Leaving Certificate Examination, 1903
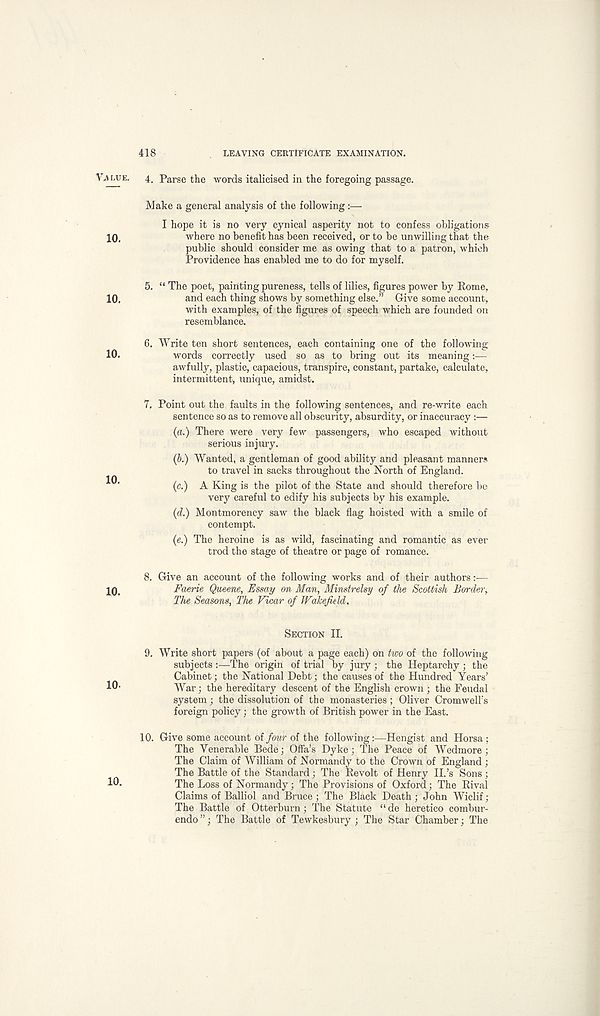
418
LEAVING CERTIFICATE EXAMINATION.
VA LUE.
10.
10.
10.
10.
10.
10-
10.
4. Parse the words italicised in the foregoing passage.
Make a general analysis of the following:—
I hope it is no very cynical asperity not to confess obligations
where no benefit has been received, or to be unwilling that the
public should consider me as owing that to a patron, which
Providence has enabled me to do for myself.
5. “ The poet, painting pureness, tells of lilies, figures power by Rome,
and each thing shows by something else.” Give some account,
with examples, of the figures of speech which are founded on
resemblance.
6. Write ten short sentences, each containing one of the following
words correctly used so as to bring out its meaning:—
awfully, plastic, capacious, transpire, constant, partake, calculate,
intermittent, unique, amidst.
7. Point out the faults in the following sentences, and re-write each
sentence so as to remove all obscurity, absurdity, or inaccuracy :—
(a.) There were very few passengers, who escaped without
serious injury.
(b.) Wanted, a gentleman of good ability and pleasant manners
to travel in sacks throughout the North of England.
(c.) A King is the pilot of the State and should therefore be
very careful to edify his subjects by his example.
(d.) Montmorency saw the black flag hoisted with a smile of
contempt.
(e.) The heroine is as wild, fascinating and romantic as ever
trod the stage of theatre or page of romance.
8. Give an account of the following works and of their authors:—
Faerie Queene, Essay on Man, Minstrelsy of the Scottish Border,
The Seasons, The Vicar of Wakefield,
SECTION II.
9. Write short papers (of about a page each) oh two of the following
subjects :—The origin of trial by jury ; the Heptarchy ; the
Cabinet; the National Debt; the causes of the Hundred Years’
War; the hereditary descent of the English crown ; the Feudal
system ; the dissolution of the monasteries ; Oliver Cromwell's
foreign policy; the growth of British power in the East.
10. Give some account oi four of the following:—Hengist and Horsa ;
The Venerable Bede; Offa’s Dyke; The Peace of Wedmore ;
The Claim of William of Normandy to the Crown of England ;
The Battle of the Standard; The Revolt of Henry II.’s Sons ;
The Loss of Normandy; The Provisions of Oxford; The Rival
Claims of Balliol and Bruce ; The Black Death; John Wiclif;
The Battle of Otterburn; The Statute “de heretic© combur-
endo ”; The Battle of Tewkesbury ; The Star Chamber; The